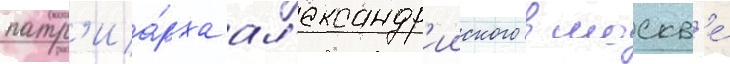
патр'иа́рха ал'ександр'ииского в москв'е́